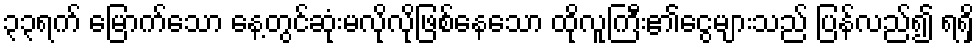
၃၃ရက် မြောက်သော နေ့တွင်ဆုံးမလိုလိုဖြစ်နေသော ထိုလူကြီး၏ငွေများသည် ပြန်လည်၍ ရရှိ